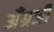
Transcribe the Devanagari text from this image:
अँग्रजी